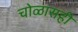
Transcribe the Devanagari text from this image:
चोळासही